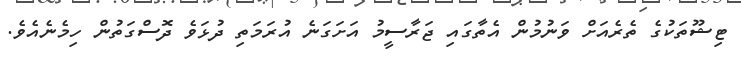
ޓިޝޫތަކުގެ ތެރެއަށް ވަނުމުން އެތާގައި ޖަރާސީމު އަށަގަނެ އުރަމަތި ދުޅަވެ ދޮސްގަތުން ހިމެނެއެވެ.